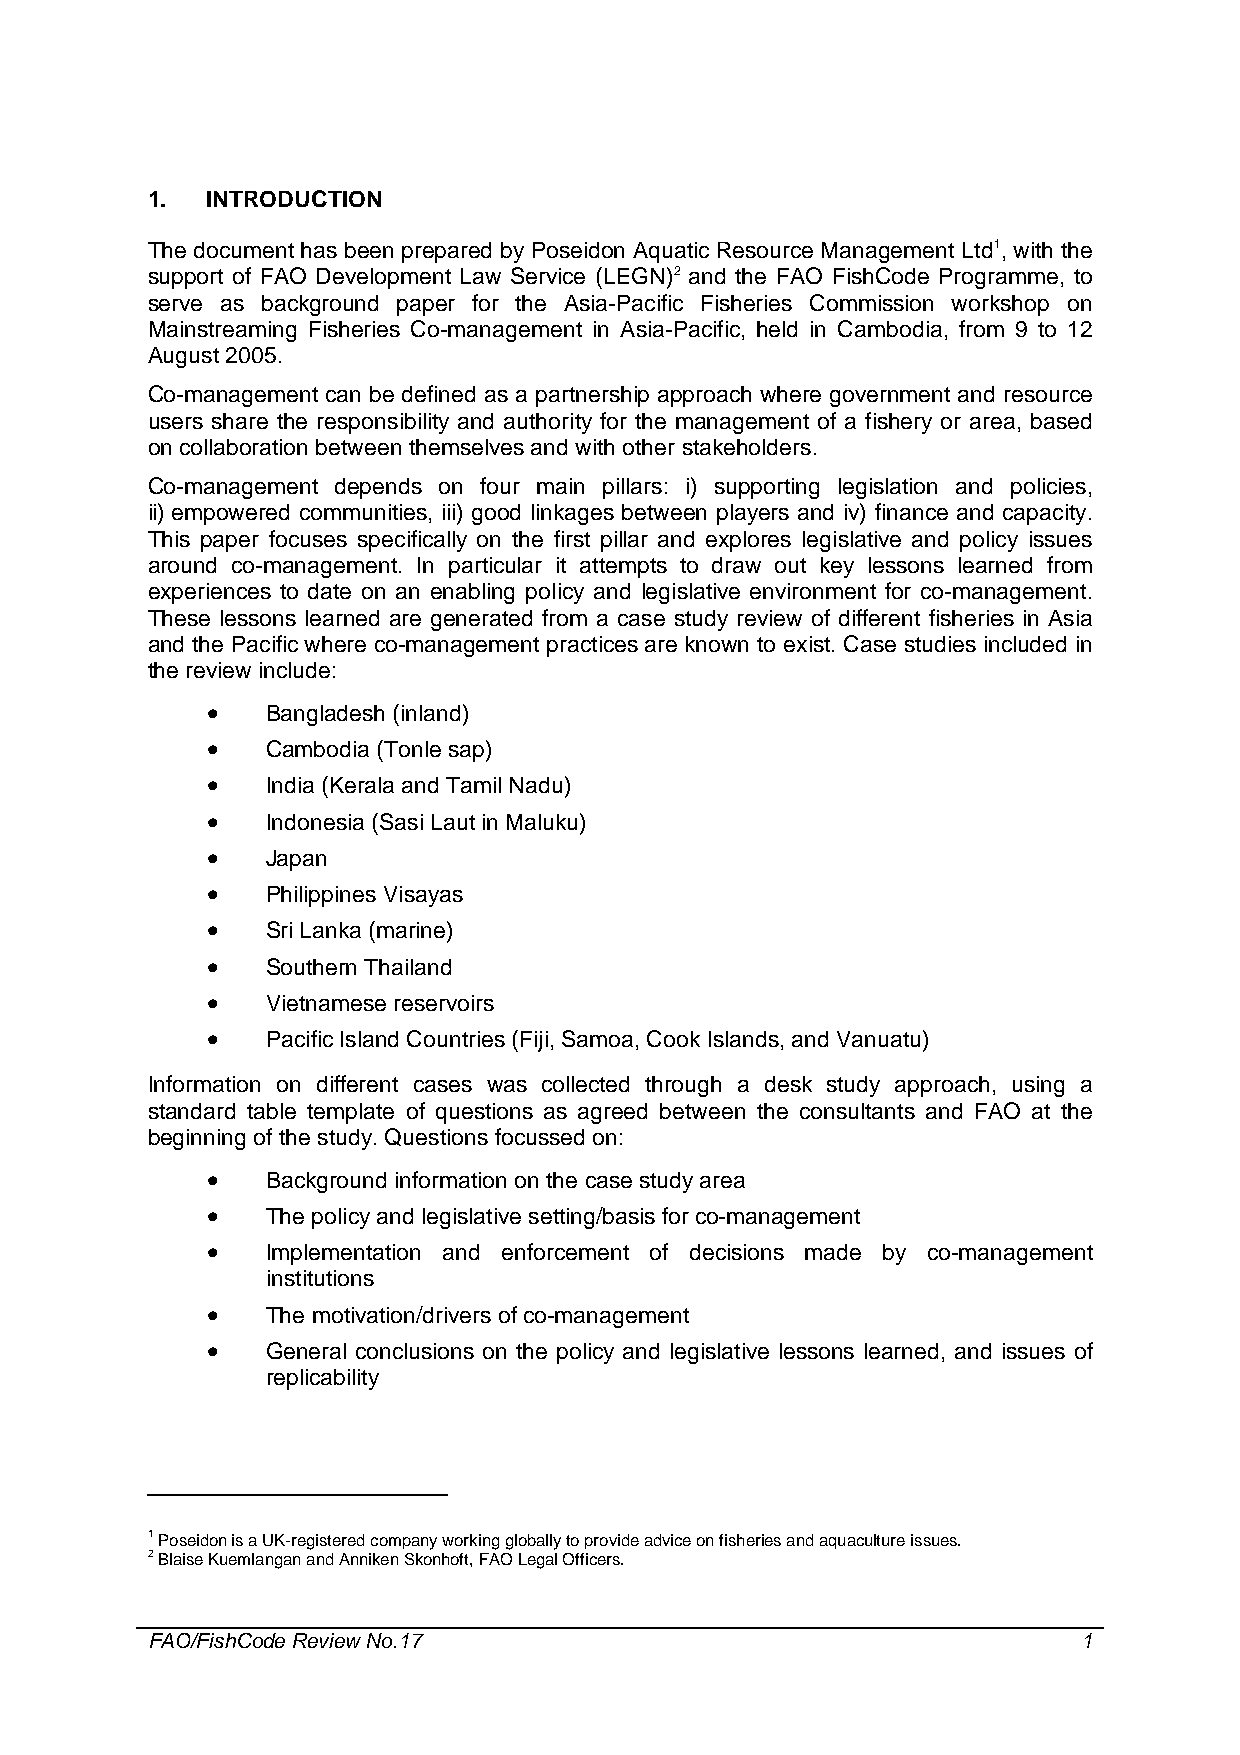
1.  INTRODUCTION
 The document has been prepared by Poseidon Aquatic Resource Management Ltd1, with the
 support of FAO Development Law Service (LEGN)2 and the FAO FishCode Programme, to
 serve as background paper for the Asia-Pacific Fisheries Commission workshop on
 Mainstreaming Fisheries Co-management in Asia-Pacific, held in Cambodia, from 9 to 12
 August 2005.
 Co-management can be defined as a partnership approach where government and resource
 users share the responsibility and authority for the management of a fishery or area, based
 on collaboration between themselves and with other stakeholders.
 Co-management depends on four main pillars: i) supporting legislation and policies,
 ii) empowered communities, iii) good linkages between players and iv) finance and capacity.
 This paper focuses specifically on the first pillar and explores legislative and policy issues
 around co-management. In particular it attempts to draw out key lessons learned from
 experiences to date on an enabling policy and legislative environment for co-management.
 These lessons learned are generated from a case study review of different fisheries in Asia
 and the Pacific where co-management practices are known to exist. Case studies included in
 the review include:
 •   Bangladesh (inland)
 •   Cambodia (Tonle sap)
 •   India (Kerala and Tamil Nadu)
 •   Indonesia (Sasi Laut in Maluku)
 •   Japan
 •   Philippines Visayas
 •   Sri Lanka (marine)
 •   Southern Thailand
 •   Vietnamese reservoirs
 •   Pacific Island Countries (Fiji, Samoa, Cook Islands, and Vanuatu)
 Information on different cases was collected through a desk study approach, using a
 standard table template of questions as agreed between the consultants and FAO at the
 beginning of the study. Questions focussed on:
 •   Background information on the case study area
 •   The policy and legislative setting/basis for co-management
 •   Implementation and enforcement of decisions made by co-management
 institutions
 •   The motivation/drivers of co-management
 •   General conclusions on the policy and legislative lessons learned, and issues of
 replicability
 1 Poseidon is a UK-registered company working globally to provide advice on fisheries and aquaculture issues.
 2 Blaise Kuemlangan and Anniken Skonhoft, FAO Legal Officers.
 FAO/FishCode Review No.17                                     1